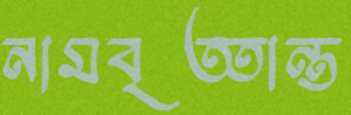
নামবৃত্তান্ত